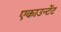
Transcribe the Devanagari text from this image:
एकाउन्टेंट